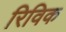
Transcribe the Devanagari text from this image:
रिविक